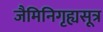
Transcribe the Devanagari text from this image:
जैमिनिगृह्यसूत्र